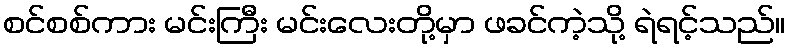
စင်စစ်ကား မင်းကြီး မင်းလေးတို့မှာ ဖခင်ကဲ့သို့ ရဲရင့်သည်။